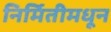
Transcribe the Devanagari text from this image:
निर्मितीमधून